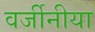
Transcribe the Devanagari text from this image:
वर्जीनीया